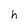
Character: h